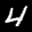
Label: 4